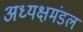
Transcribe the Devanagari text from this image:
अध्यक्षमंडल